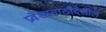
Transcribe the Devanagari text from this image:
प्रवेशासाठीदेखील